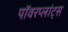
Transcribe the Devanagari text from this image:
पॉवरप्लांट्स